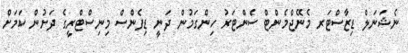
ނެޝަނަލް ޑިޒާސްޓަރ މެނޭޖްމެންޓް ސެންޓަރު ހިންގަމުން ދަނީ ޑިފެންސް މިނިސްޓްރީގެ ދަށުން ކަމަށް